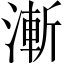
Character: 漸